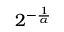
2 ^ { - { \frac { 1 } { \alpha } } }